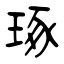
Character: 琢